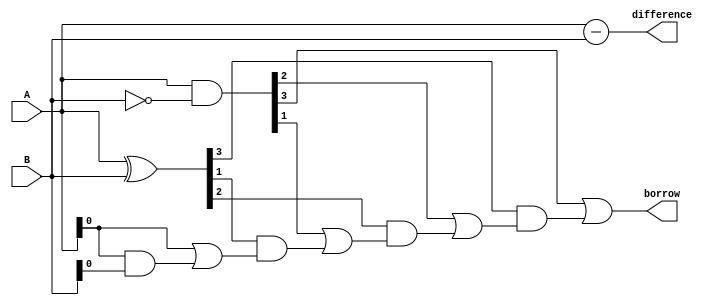
module CarryLookaheadSubtractor (
    input [3:0] A,
    input [3:0] B,
    output [3:0] difference,
    output borrow
);

wire [3:0] G, P, C;

assign G = A & ~B;
assign P = A ^ B;
assign C[0] = A[0] | (A[0] & B[0]);

genvar i;
generate
    for (i = 1; i < 4; i = i + 1) begin : carrygen
        assign C[i] = G[i] | (P[i] & C[i-1]);
    end
endgenerate

assign difference = A - B;
assign borrow = C[3];

endmodule